Leaving Certificate Examination (including Day School Certificate (Higher) General paper), 1934
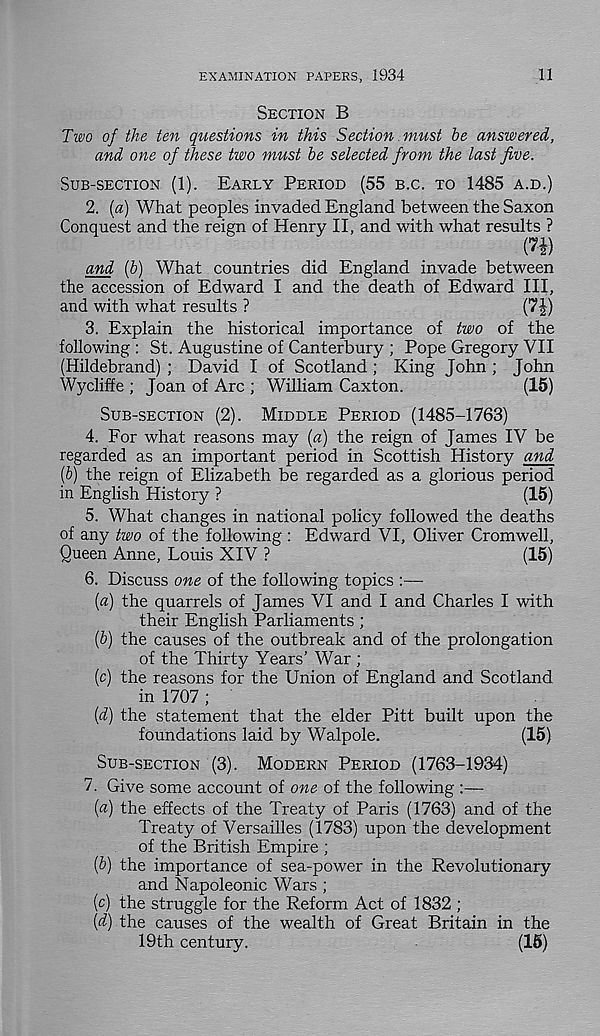
EXAMINATION PAPERS, 1934
11
SECTION B
Two of the ten questions in this Section .must be answered,
and one of these two must be selected from the last five.
SUB-SECTION (1).
EARLY PERIOD (55 B.C. TO 1485 A.D.)
2. (a) What peoples invaded England between the Saxon
Conquest and the reign of Henry II, and with what results ?
(7i)
and (b) What countries did England invade between
the accession of Edward I and the death of Edward III,
and with what results ?
(7^-)
3. Explain the historical importance of two of the
following : St. Augustine of Canterbury ; Pope Gregory VII
(Hildebrand) ; David I of Scotland; King John ; John
Wycliffe ; Joan of Arc ; William Caxton.
(15)
SUB-SECTION (2). MIDDLE PERIOD (1485-1763)
4. For what reasons may (a) the reign of James IV be
regarded as an important period in Scottish History and
{b) the reign of Elizabeth be regarded as a glorious period
in English History ?
(15)
5. What changes in national policy followed the deaths
of any two of the following : Edward VI, Oliver Cromwell,
Queen Anne, Louis XIV ?
(15)
6. Discuss one of the following topics :—
(a) the quarrels of James VI and I and Charles I with
their English Parliaments;
(6) the causes of the outbreak and of the prolongation
of the Thirty Years’ War ;
(c) the reasons for the Union of England and Scotland
in 1707 ;
[d) the statement that the elder Pitt built upon the
foundations laid by Walpole.
(15)
SUB-SECTION (3). MODERN PERIOD (1763-1934)
7. Give some account of one of the following :—
(«) the effects of the Treaty of Paris (1763) and of the
Treaty of Versailles (1783) upon the development
of the British Empire ;
(b) the importance of sea-power in the Revolutionary
and Napoleonic Wars ;
(c) the struggle for the Reform Act of 1832 ;
{d) the causes of the wealth of Great Britain in the
19th century.
(15)